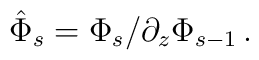
\hat{\Phi}_{s}=\Phi_{s}/\partial_{z}\Phi_{s-1}\,.